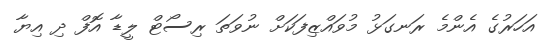
އަހަރުގެ އެންމެ ރަނގަޅު މުވައްޒިފަކަށް ނުވަތަ ރިސޯޓް ލީޑާ އޮފް ދި އިޔާ